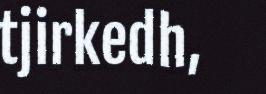
tjirkedh,